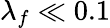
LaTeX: \lambda_{f}\ll 0.1